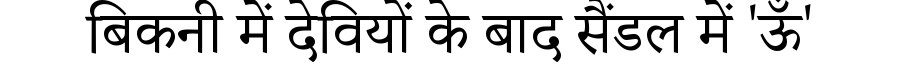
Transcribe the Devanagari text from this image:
बिकनी में देवियों के बाद सैंडल में 'ऊँ'